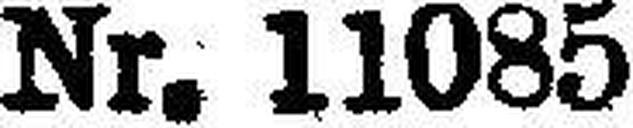
Nr. 11085